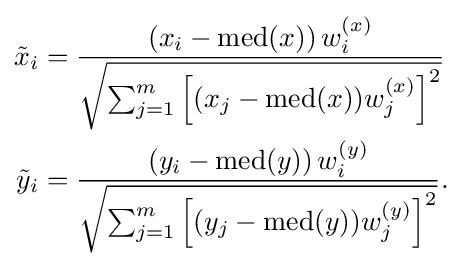
{\begin{aligned}{\tilde {x}}_{i}&={\frac {\left(x_{i}-\operatorname {med} (x)\right)w_{i}^{(x)}}{\sqrt {\sum _{j=1}^{m}\left[(x_{j}-\operatorname {med} (x))w_{j}^{(x)}\right]^{2}}}}\\{\tilde {y}}_{i}&={\frac {\left(y_{i}-\operatorname {med} (y)\right)w_{i}^{(y)}}{\sqrt {\sum _{j=1}^{m}\left[(y_{j}-\operatorname {med} (y))w_{j}^{(y)}\right]^{2}}}}.\end{aligned}}